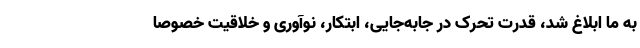
به ما ابلاغ شد، قدرت تحرک در جابه‌جایی، ابتکار، نوآوری و خلاقیت خصوصاً